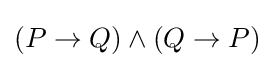
(P\rightarrow Q)\land (Q\rightarrow P)